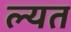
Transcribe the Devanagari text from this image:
ल्यत